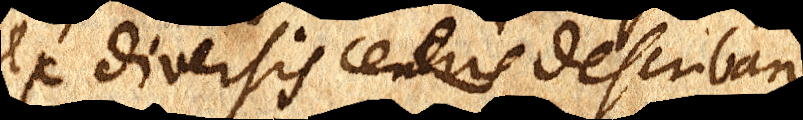
ex diversis centris describan–